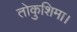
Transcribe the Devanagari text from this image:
तोकुशिमा।